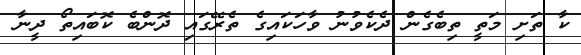
ކާ ތަށި މަތީ ތިބެގެން ދެކެވުނު ވާހަކައިގެ ތެރޭގައި ދޮންބެ ކޮބައިތޯ ދީނާ